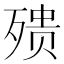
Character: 㱮